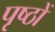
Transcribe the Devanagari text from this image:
पृष्‍ठों